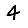
Digit: 4